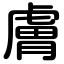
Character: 膚